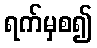
ရက်မှစ၍